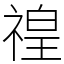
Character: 䄓